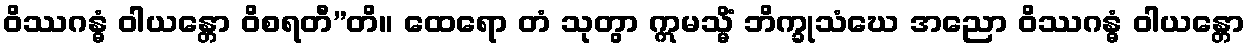
ဝိဿဂန္ဓံ ဝါယန္တော ဝိစရတီ”တိ။ ထေရော တံ သုတွာ ဣမသ္မိံ ဘိက္ခုသံဃေ အညော ဝိဿဂန္ဓံ ဝါယန္တော